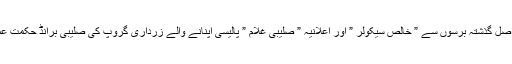
بلاول کے بیانات دراصل گذشتہ برسوں سے ” خالص سیکولر ” اور اعلانیہ ” صلیبی غلام ” پالیسی اپنانے والے زرداری گروپ کی صلیبی برانڈ حکمت عملی ہی کا تسلسل ہے۔